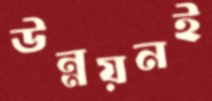
উন্নয়নই